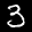
Label: 3